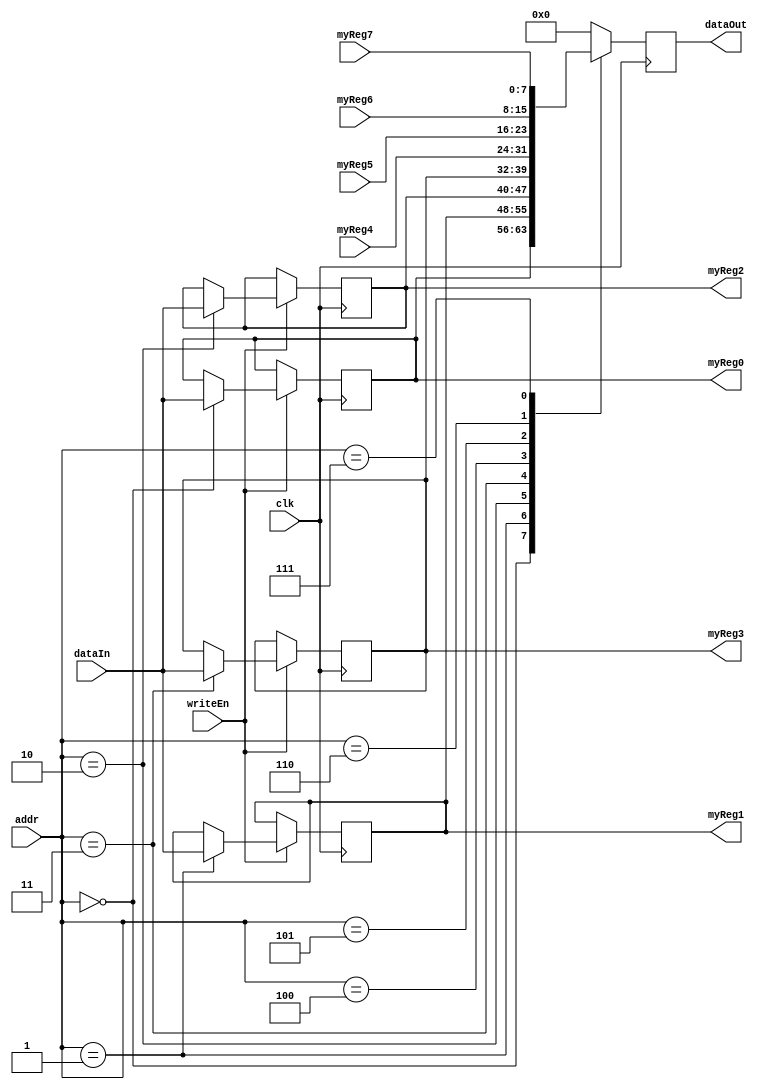
module registerInterface (
	input  wire 		clk,
	input  wire [7:0]	addr,
	input  wire [7:0]	dataIn,
	input  wire 		writeEn,
	input  wire [7:0]	myReg4,
	input  wire [7:0]	myReg5,
	input  wire [7:0]	myReg6,
	input  wire [7:0]	myReg7,
	output reg  [7:0]	dataOut,
	output reg  [7:0]	myReg0,
	output reg  [7:0]	myReg1,
	output reg  [7:0]	myReg2,
	output reg  [7:0]	myReg3
);

// --- I2C Read
always @(posedge clk) begin
	case (addr)
		8'h00: dataOut <= myReg0;  
		8'h01: dataOut <= myReg1;  
		8'h02: dataOut <= myReg2;  
		8'h03: dataOut <= myReg3;  
		8'h04: dataOut <= myReg4;  
		8'h05: dataOut <= myReg5;  
		8'h06: dataOut <= myReg6;  
		8'h07: dataOut <= myReg7;  
		default: dataOut <= 8'h00;
	endcase
end

// --- I2C Write
always @(posedge clk) begin
	if (writeEn == 1'b1) begin
		case (addr)
			8'h00: myReg0 <= dataIn;  
			8'h01: myReg1 <= dataIn;
			8'h02: myReg2 <= dataIn;
			8'h03: myReg3 <= dataIn;
		endcase
	end
end

endmodule